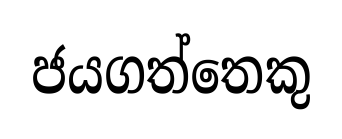
ජයගත්තෙකු